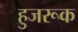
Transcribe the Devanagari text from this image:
हुजरूक